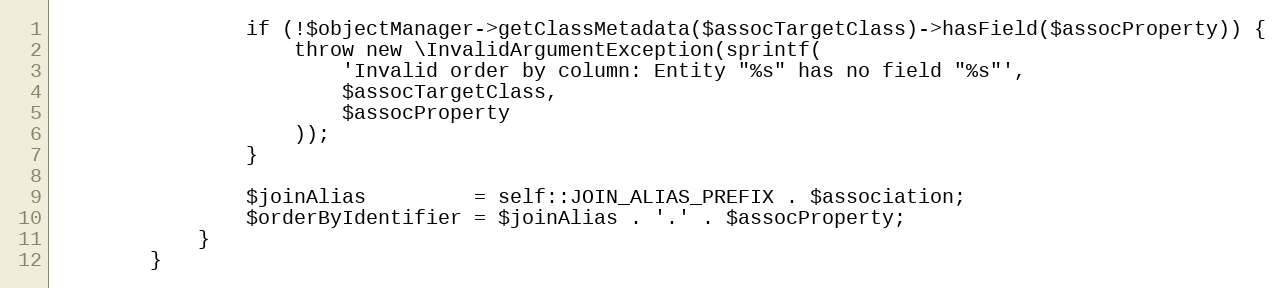
Language: PHP
                if (!$objectManager->getClassMetadata($assocTargetClass)->hasField($assocProperty)) {
                    throw new \InvalidArgumentException(sprintf(
                        'Invalid order by column: Entity "%s" has no field "%s"',
                        $assocTargetClass,
                        $assocProperty
                    ));
                }

                $joinAlias         = self::JOIN_ALIAS_PREFIX . $association;
                $orderByIdentifier = $joinAlias . '.' . $assocProperty;
            }
        }